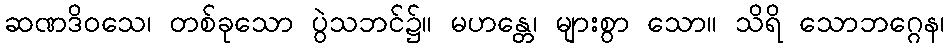
ဆဏဒိဝသေ၊ တစ်ခုသော ပွဲသဘင်၌။ မဟန္တေ၊ များစွာ သော။ သိရိ သောဘဂ္ဂေန၊